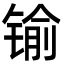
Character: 𨱎